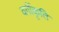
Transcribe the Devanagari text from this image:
वर्गीकृति